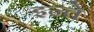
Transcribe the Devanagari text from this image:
इन्ते